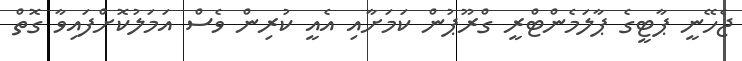
ޖެހޭނީ ޕާޓީގެ ޕާލަމެންޓްރީ ގްރޫޕުން ކަމަށާއި އެއީ ކުރިން ވެސް އަމަލުކޮށްފައިވާ ގޮތް